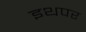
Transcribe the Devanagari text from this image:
इथपर